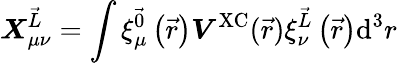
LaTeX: \boldsymbol{X}_{\mu\nu}^{\vec{L}}=\int\xi_{\mu}^{\vec{0}}\left(\vec{r}\right)\boldsymbol{V}^{\textrm{XC}}(\vec{r})\xi_{\nu}^{\vec{L}}\left(\vec{r}\right)\textrm{d}^{3}r